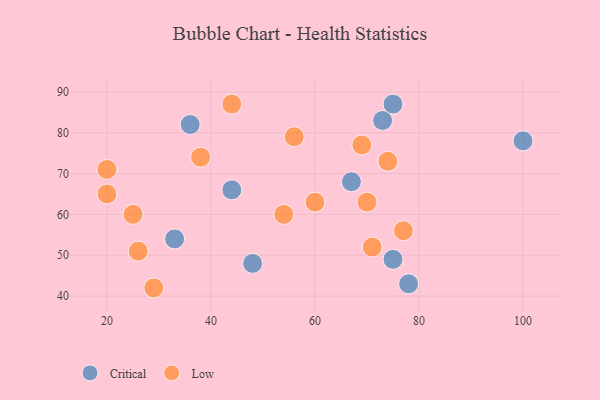
{"axis": {"x": "GDP", "y": "Life Expectancy"}, "legend": ["Critical", "Low"], "data": [{"x": "73", "y": 83, "type": "Critical"}, {"x": "100", "y": 78, "type": "Critical"}, {"x": "75", "y": 87, "type": "Critical"}, {"x": "36", "y": 82, "type": "Critical"}, {"x": "33", "y": 54, "type": "Critical"}, {"x": "75", "y": 49, "type": "Critical"}, {"x": "67", "y": 68, "type": "Critical"}, {"x": "44", "y": 66, "type": "Critical"}, {"x": "48", "y": 48, "type": "Critical"}, {"x": "78", "y": 43, "type": "Critical"}, {"x": "29", "y": 42, "type": "Low"}, {"x": "71", "y": 52, "type": "Low"}, {"x": "74", "y": 73, "type": "Low"}, {"x": "25", "y": 60, "type": "Low"}, {"x": "77", "y": 56, "type": "Low"}, {"x": "44", "y": 87, "type": "Low"}, {"x": "54", "y": 60, "type": "Low"}, {"x": "60", "y": 63, "type": "Low"}, {"x": "70", "y": 63, "type": "Low"}, {"x": "26", "y": 51, "type": "Low"}, {"x": "20", "y": 65, "type": "Low"}, {"x": "20", "y": 71, "type": "Low"}, {"x": "69", "y": 77, "type": "Low"}, {"x": "38", "y": 74, "type": "Low"}, {"x": "56", "y": 79, "type": "Low"}]}